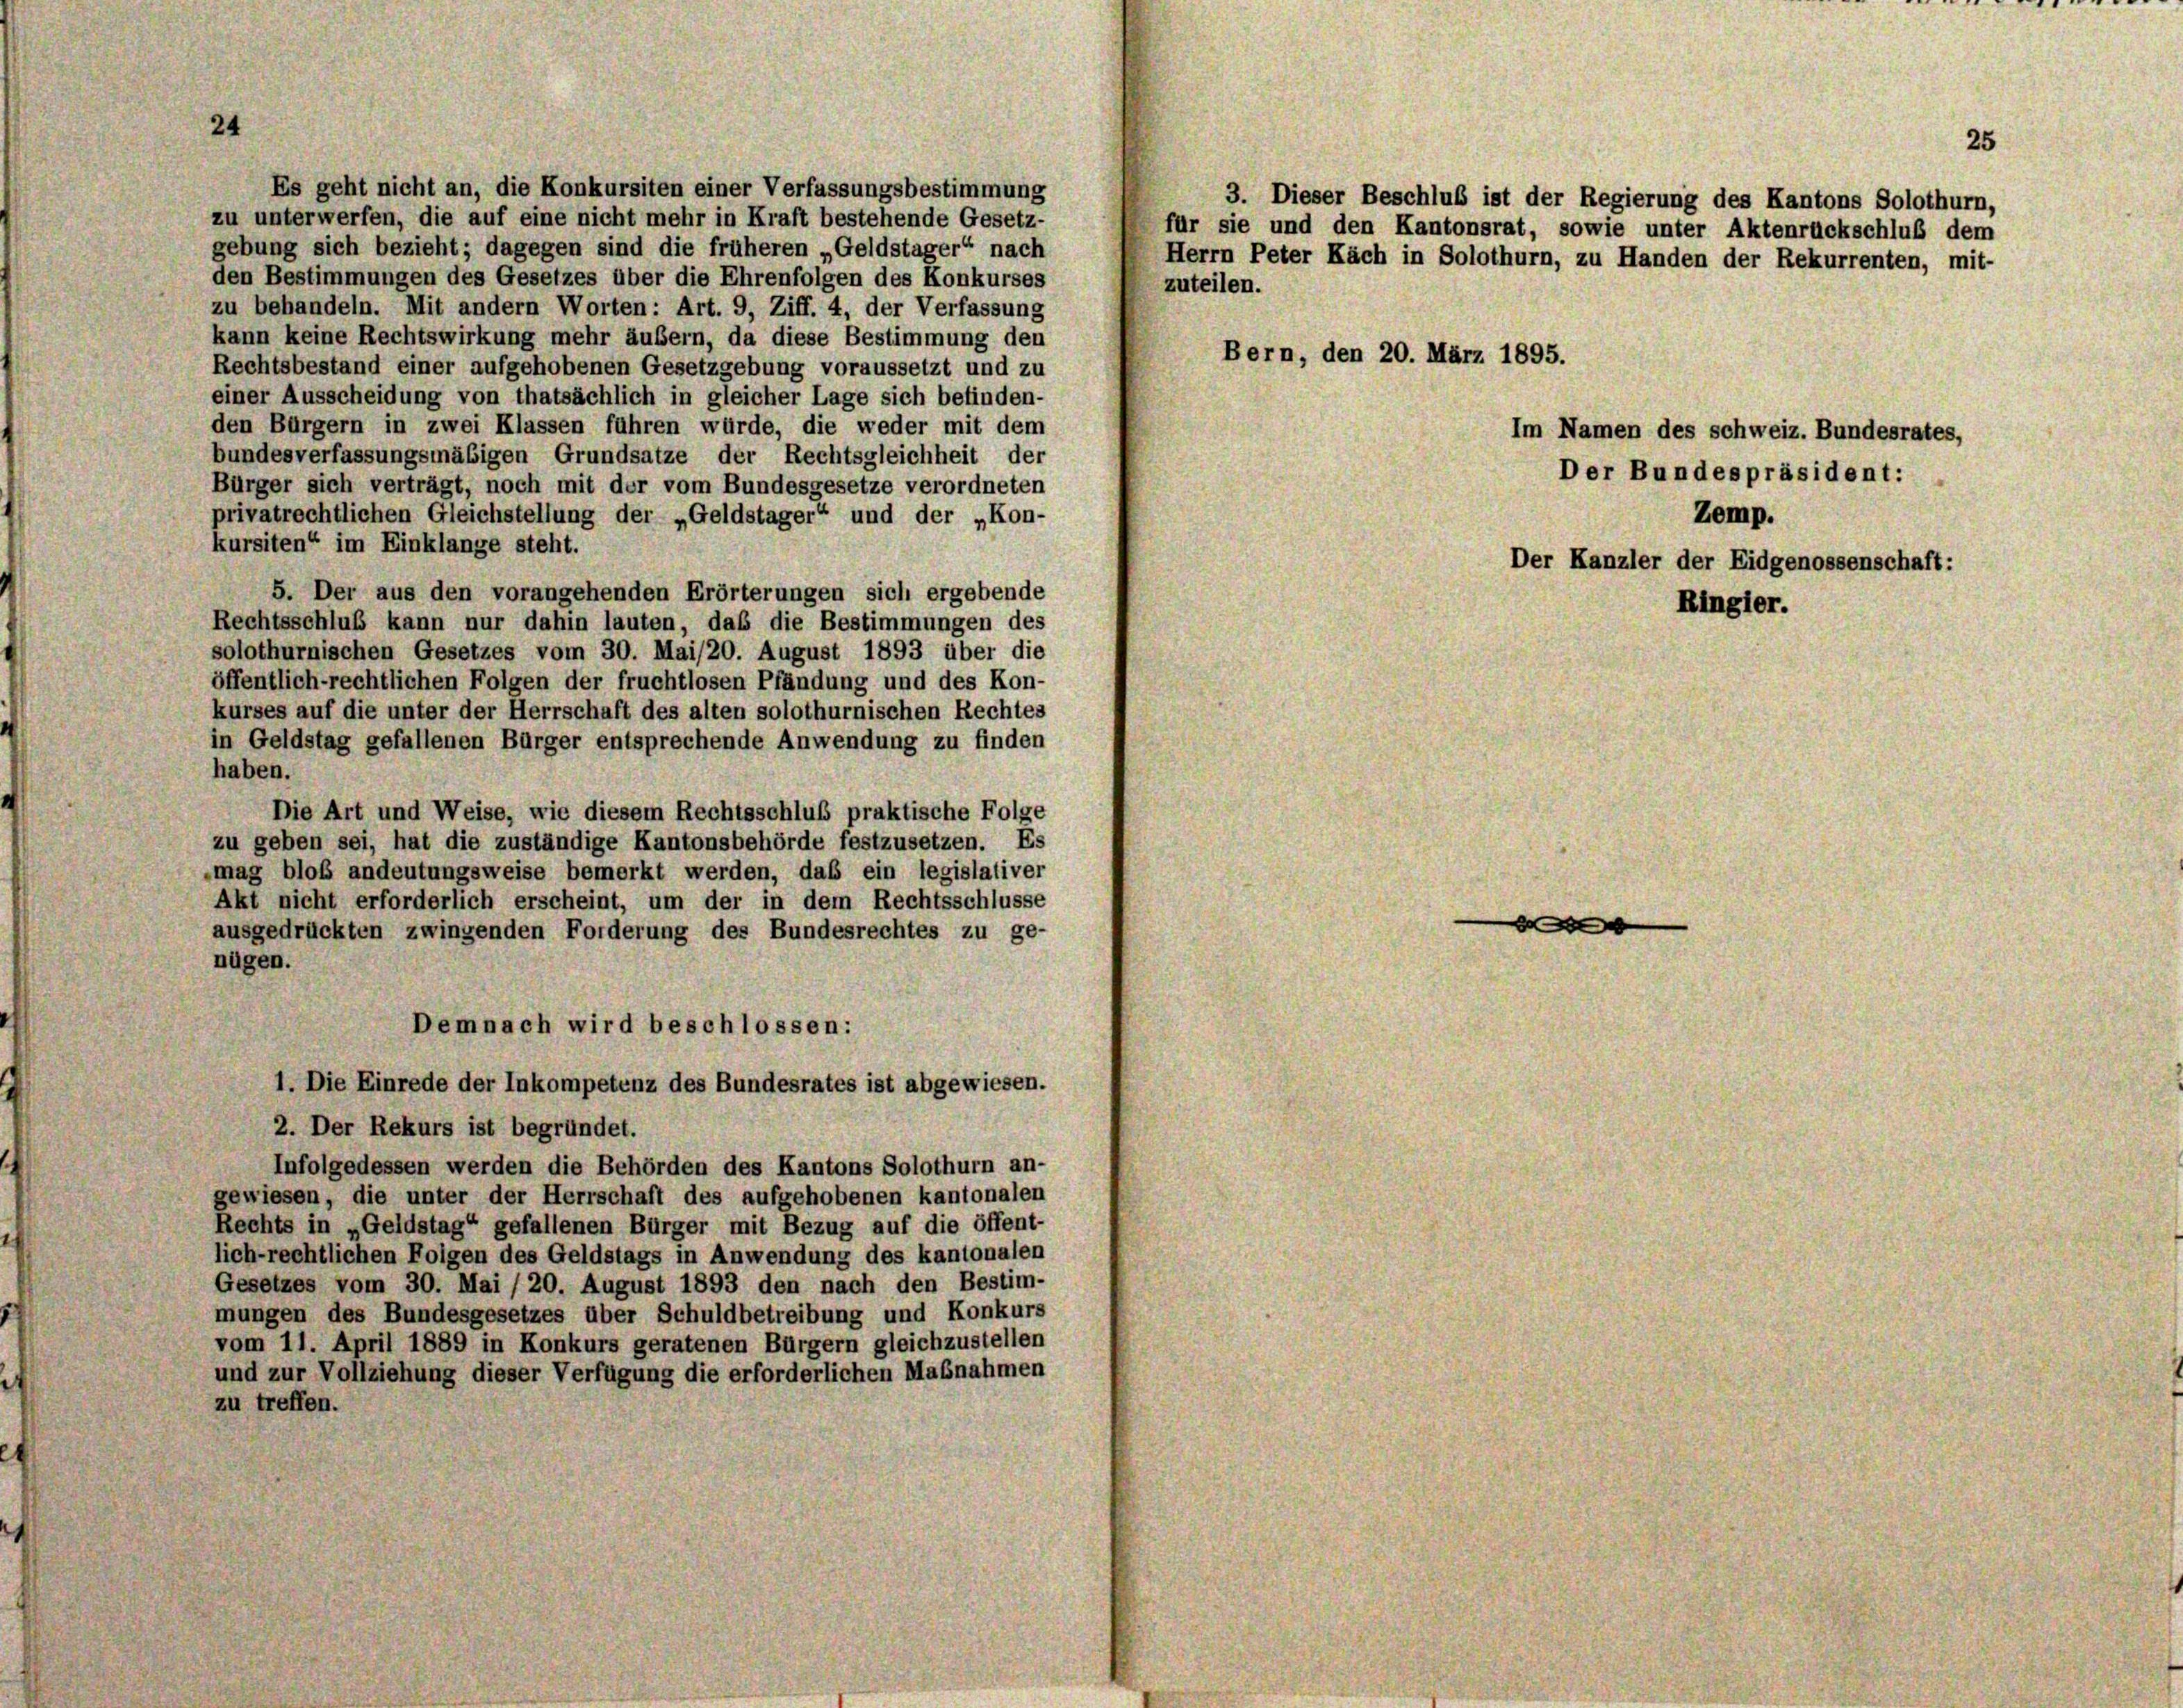
Es geht nicht an, die Konkursiten einer Verfassungsbestimmung
zu unterwerfen, die auf eine nicht mehr in Kraft bestehende Gesetz-
gebung sich bezieht; dagegen sind die früheren „Geldstager“ nach
den Bestimmungen des Gesetzes über die Ehrenfolgen des Konkurses
zuteilen.
zu behandeln. Mit andern Worten: Art. 9, Ziff. 4, der Verfassung
kann keine Rechtswirkung mehr äußern, da diese Bestimmung den
Rechtsbestand einer aufgehobenen Gesetzgebung voraussetzt und zu
einer Ausscheidung von thatsächlich in gleicher Lage sich befinden-
den Bürgern in zwei Klassen führen würde, die weder mit dem
bundesverfassungsmäßigen Grundsätze der Rechtsgleichheit der
Bürger sich verträgt, noch mit der vom Bundesgesetze verordneten
privatrechtlichen Gleichstellung der „Geldstager“ und der „Kon-
kursiten“ im Einklange steht.
5. Der aus den vorangehenden Erörterungen sich ergebende
Rechtsschluß kann nur dahin lauten, das die Bestimmungen des
solothurnischen Gesetzes vom 30. Mai/20. August 1893 über die
öffentlich-rechtlichen Folgen der fruchtlosen Pfändung und des Kon-
kurses auf die unter der Herrschaft des alten solothurnischen Rechtes
in Geldstag gefallenen Bürger entsprechende Anwendung zu finden
haben.
Die Art und Weise, wie diesem Rechtsschluß praktische Folge
zu geben sei, hat die zuständige Kantonsbehörde festzusetzen. Es
mag bloß andeutungsweise bemerkt werden, daß ein legislativer
Akt nicht erforderlich erscheint, um der in dem Rechtsschlüsse
d
ausgedrückten zwingenden Forderung des Bundesrechtes zu ge-
nügen.
Demnach wird beschlossen:
1. Die Einrede der Inkompetenz des Bundesrates ist abgewiesen.
2. Der Rekurs ist begründet.
Infolgedessen werden die Behörden des Kantons Solothurn an-
gewiesen, die unter der Herrschaft des aufgehobenen kantonalen
Rechts in „Geldstag“ gefallenen Bürger mit Bezug auf die öffent-
lich-rechtlichen Folgen des Geldstags in Anwendung des kantonalen
Gesetzes vom 30. Mai /20. August 1893 den nach den Bestim-
mungen des Bundesgesetzes über Schuldbetreibung und Konkurs
vom 11. April 1889 in Konkurs geratenen Bürgern gleichzustellen
und zur Vollziehung dieser Verfügung die erforderlichen Maßnahmen
zu treffen.

24

Bern, den 20. März 1895.

3. Dieser Beschluß ist der Regierung des Kantons Solothurn,
für sie und den Kantonsrat, sowie unter Aktenrückschluß dem
Herrn Peter Kach in Solothurn, zu Handen der Rekurrenten, mit-

Der Bundespräsident:
Zemp.
Der Kanzler der Eidgenossenschaft:
Ringler.

Im Namen des schweiz. Bundesrates,

25